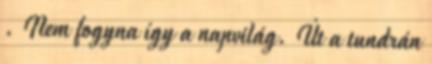
. Nem fogyna így a napvilág. Út a tundrán